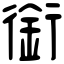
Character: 銜